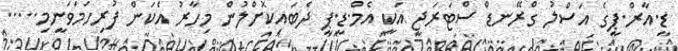
ޑީ.އާރް.ޕީގެ އަސްލު ގްރޭނޑް ސްޓަރަޖީ އަކީ އެމް.ޑީ.ޕީ ދެބައިކޮށްލުން މިހާރު އެކަން ފުރިހަމަވަނީމި.....